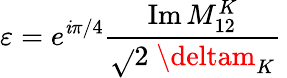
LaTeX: \varepsilon=e^{\mathit{i}\pi/4}\frac{{\mathrm{{Im}}\, M_{12}^{K}}}{{\sqrt{}{2}\; \deltam_{K}}}\,